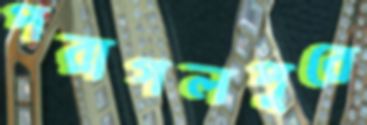
পরাগলপুরে